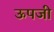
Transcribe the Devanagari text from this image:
ऊपजी